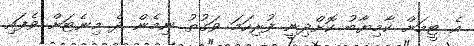
އެ ޓީމަށް ކާމިޔާބު ކޮށްދިނީ ފުރިހަމަ ވަގުތު ނިމެން ދެ މިނެޓަށް ވެފައި